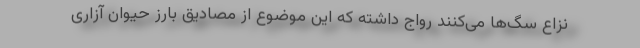
نزاع سگ‌ها می‌کنند رواج داشته که این موضوع از مصادیق بارز حیوان آزاری